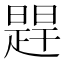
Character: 𬁔